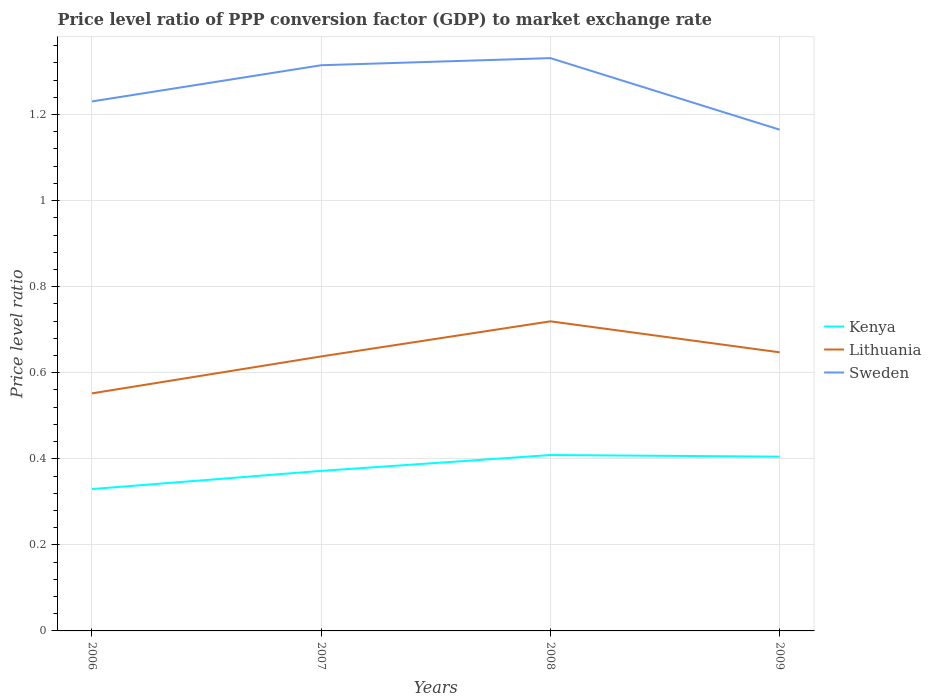
| Years | Kenya | Lithuania | Sweden |
 | --- | --- | --- | --- |
 | 2006 | 0.33 | 0.552 | 1.23 |
 | 2007 | 0.372 | 0.638 | 1.31 |
 | 2008 | 0.409 | 0.719 | 1.33 |
 | 2009 | 0.405 | 0.647 | 1.16 |